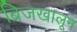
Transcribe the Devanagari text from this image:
ब्रिजखालून